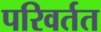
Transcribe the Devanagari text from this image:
परिवर्तत